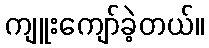
ကျူးကျော်ခဲ့တယ်။